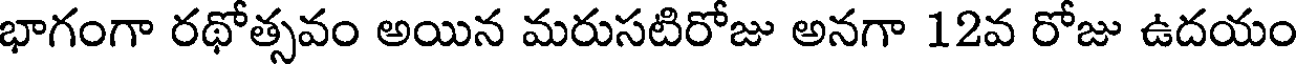
భాగంగా రథోత్సవం అయిన మరుసటిరోజు అనగా 12వ రోజు ఉదయం